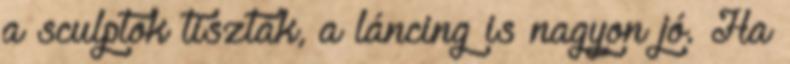
a sculptok tiszták, a láncing is nagyon jó. Ha